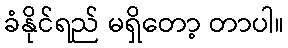
ခံနိုင်ရည် မရှိတော့ တာပါ။